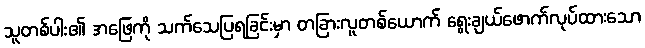
သူတစ်ပါး၏ အဖြေကို သက်သေပြရခြင်းမှာ တခြားလူတစ်ယောက် ရွေးချယ်ဖောက်လုပ်ထားသော